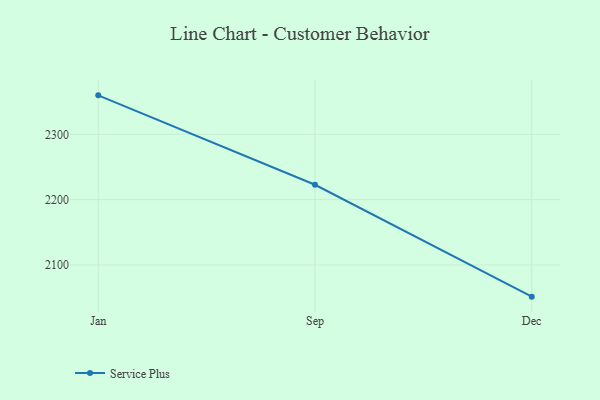
{"axis": {"x": "Month", "y": "Shipments"}, "legend": ["Service Plus"], "data": [{"x": "Jan", "y": 2359.7, "type": "Service Plus"}, {"x": "Sep", "y": 2222.8, "type": "Service Plus"}, {"x": "Dec", "y": 2051.4, "type": "Service Plus"}]}